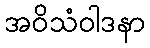
အဝိသံဝါဒနာ